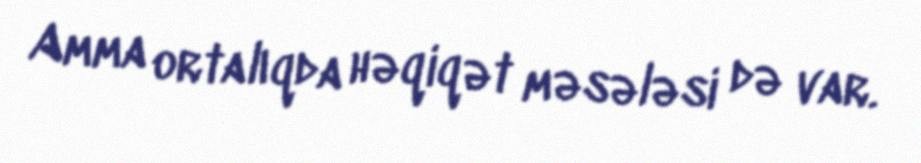
Amma ortalıqda həqiqət məsələsi də var.